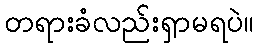
တရားခံလည်းရှာမရပဲ။